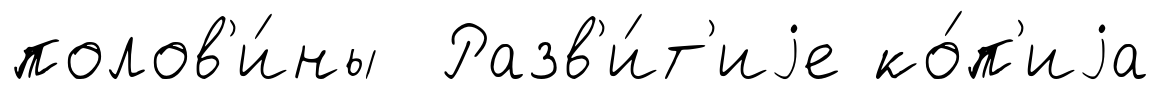
полов'и́ны Разв'и́т'иjе ко́п'иjа